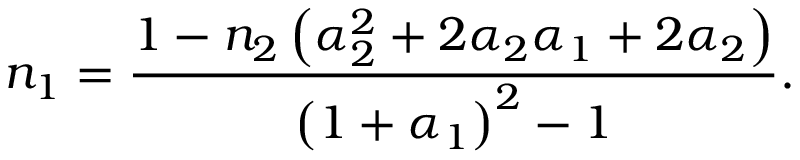
n _ { 1 } = \frac { 1 - n _ { 2 } \left( \alpha _ { 2 } ^ { 2 } + 2 \alpha _ { 2 } \alpha _ { 1 } + 2 \alpha _ { 2 } \right) } { \left( 1 + \alpha _ { 1 } \right) ^ { 2 } - 1 } .